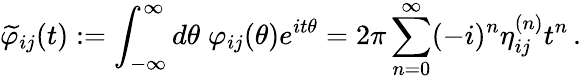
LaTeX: \widetilde{\varphi}_{ij}(t):=\int_{-\infty}^{\infty}d\theta\; \varphi_{ij}(\theta)e^{it\theta}=2\pi\sum_{n=0}^{\infty}(-i)^{n}\eta_{ij}^{(n)}t^{n}\, .